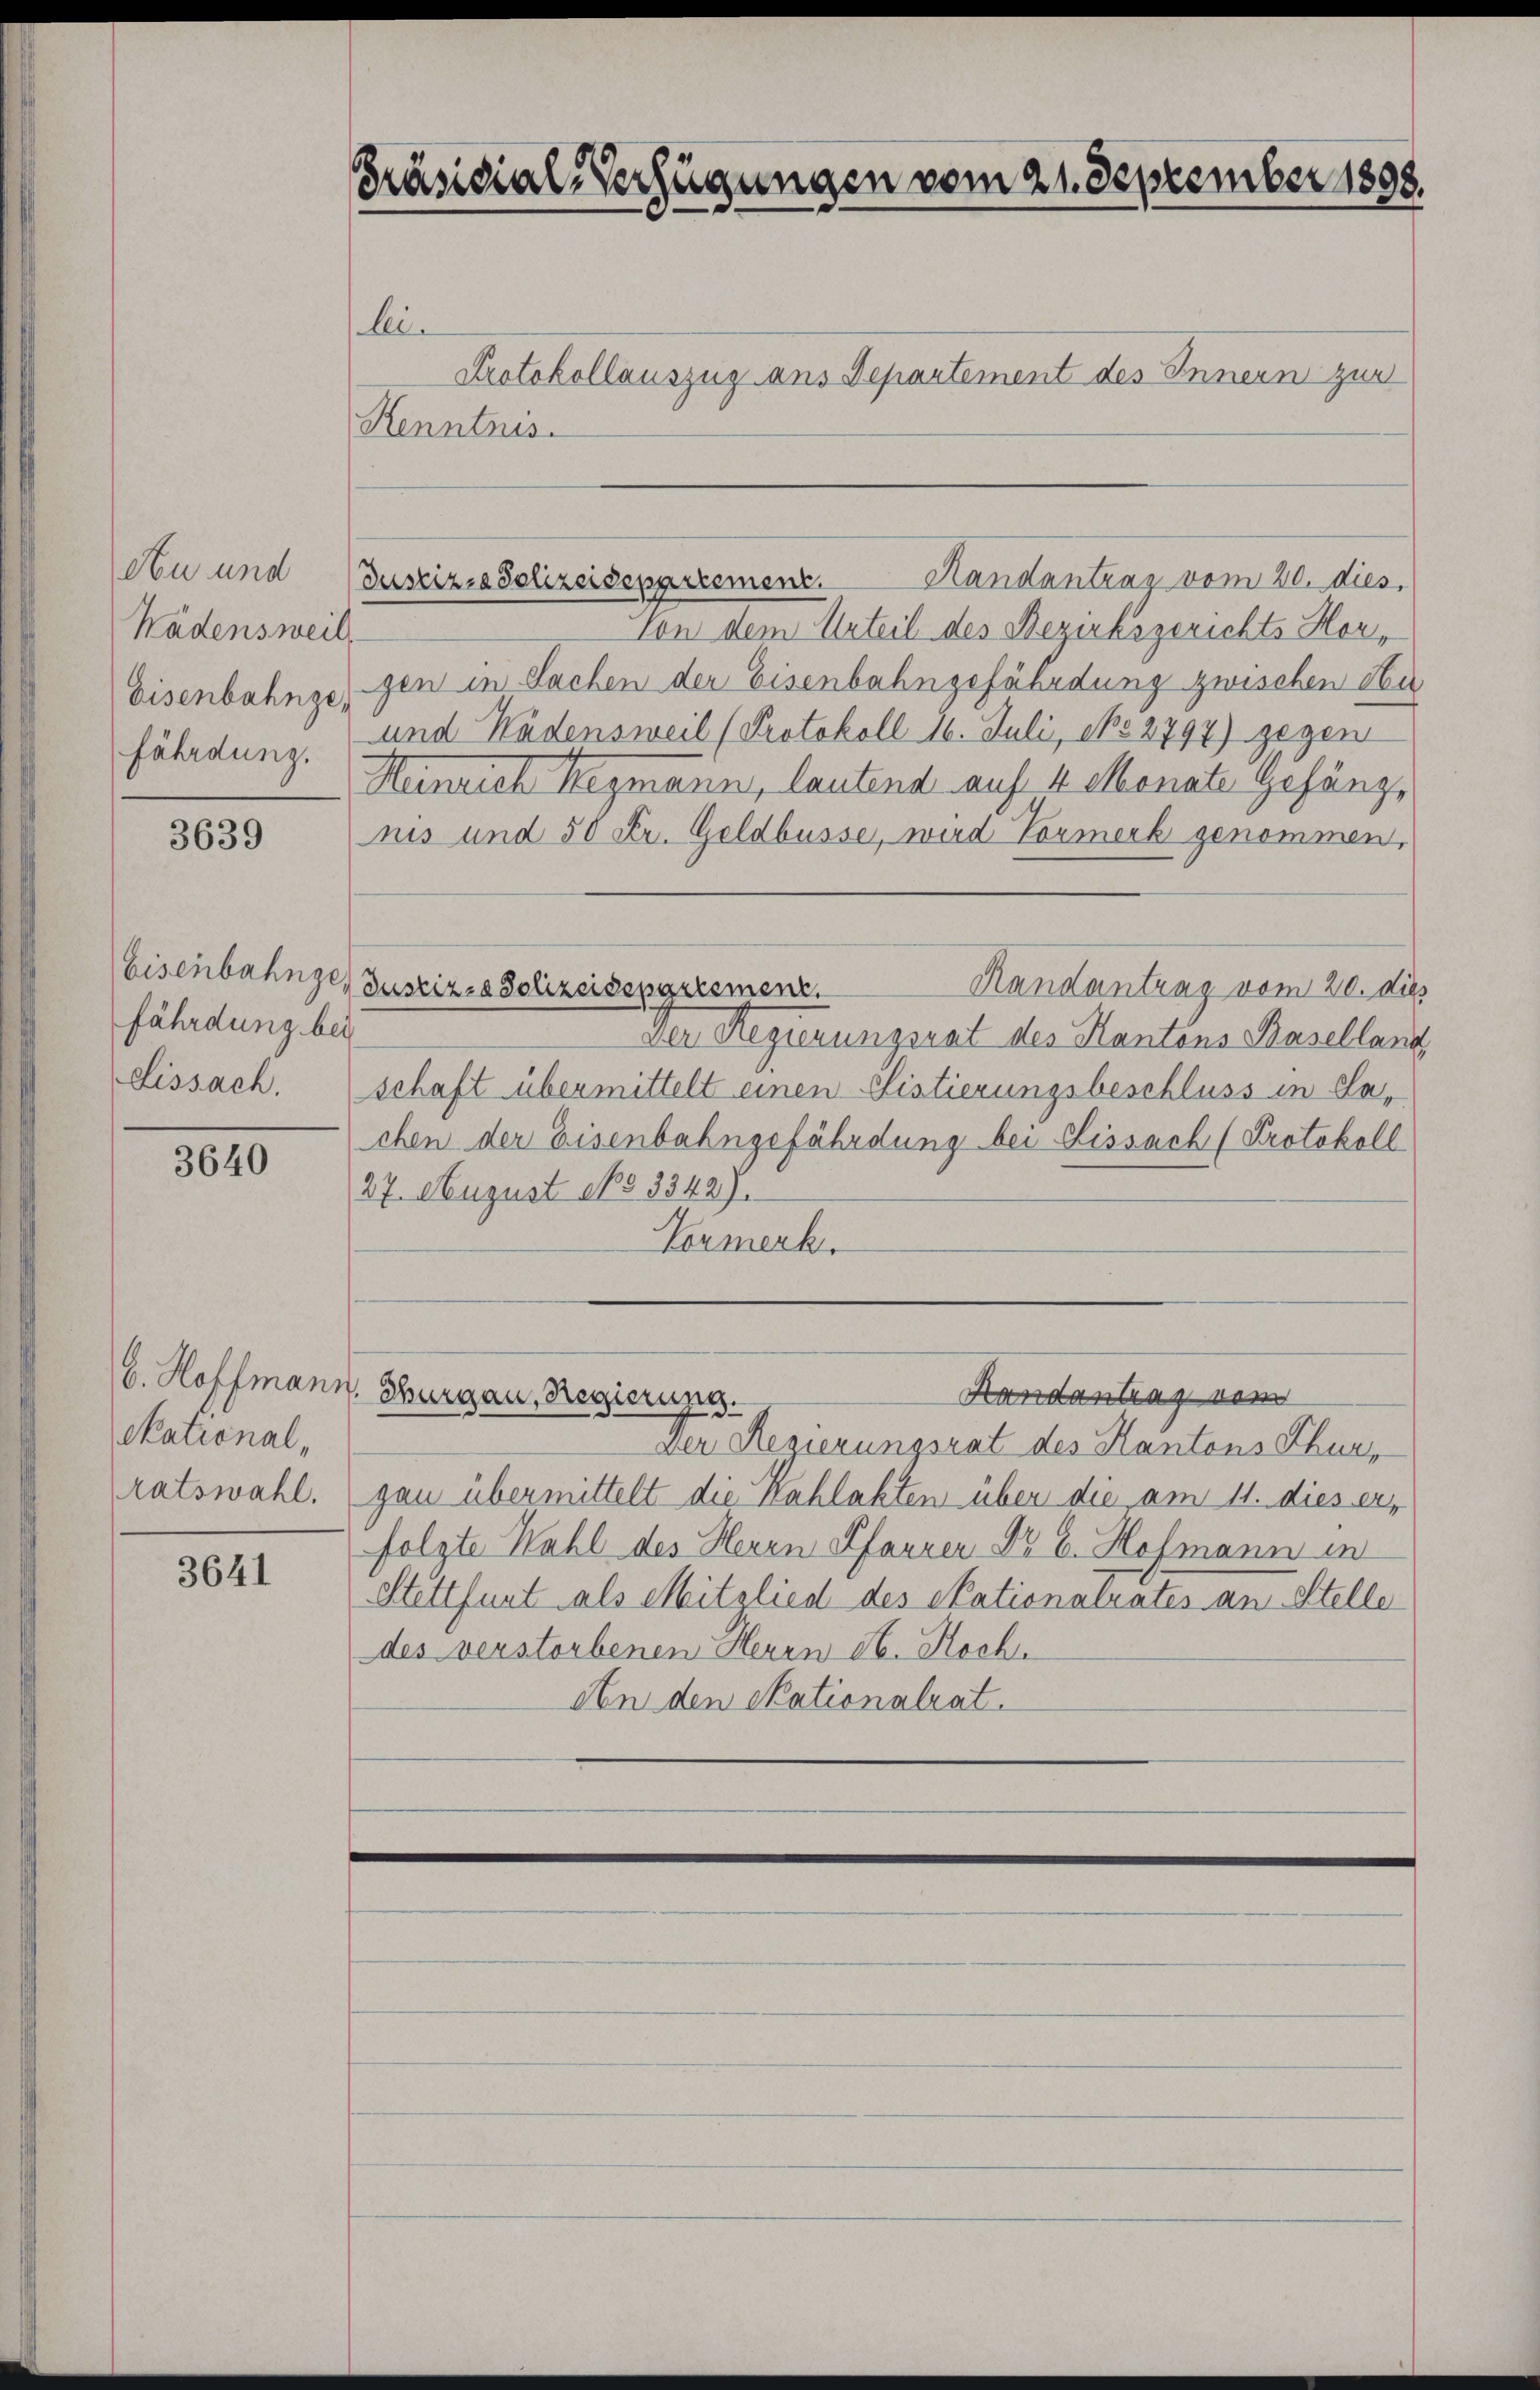
Au und
Kadensweil,
Eisenbahnge,
fährdung.

3639

Eisenbahnges
fährdung bei

3640

Skational,

3641

Präsidial-Verfügungen vom 21. September 1808.

bei.
Protokollauszug aus Departement des Innern zur
Kenntnis.

Handantrag vom 20. dies
Justiz, Polizeidepartement.

Von dem Urteil des Bezirksgerichts Horgen in Sachen der Eisenbahngefährdung zwischen den
und Wädensweil (Protokoll 16. Juli, po 2794) gegen
Heinrich Heymann, lautend auf 4 Monate Gefängnis und 50 Fr. Geldbusse, wird Vormerk genommen,
Handantrag vom 20. dies
Justiz- Polizeidengresment.
Der Regierungsrat des Kantons Baselland
Lissach. (schaft übermittelt einen Elistierungsbeschluss in Sachen der Eisenbahngefährdung bei Sissach (Protokoll
27. August 16533427.
Vormerk.

b. Hoffmann, Thurgau, Regierung.

Handantrag vom
Der Regierungsrat des Kantons Thurratswahl. gan übermittelt die Kahlakten über die am 11. dies er
folgte Wahl des Herrn Pfarrer Dr E. Hofmann in
Stettfunt als Mitglied des Skationalrates an Stelle
des verstorbenen Herrn St. Hoch¬
An den Skationalrat.